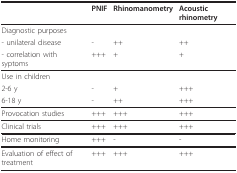
<table><thead><tr><td></td><td><b>PNIF</b></td><td><b>Rhinomanometry</b></td><td><b>Acoustic rhinometry</b></td></tr></thead><tbody><tr><td>Diagnostic purposes</td><td></td><td></td><td></td></tr><tr><td>- unilateral disease</td><td>-</td><td>++</td><td>++</td></tr><tr><td>- correlation with syptoms</td><td>+++</td><td>+</td><td>+</td></tr><tr><td>Use in children</td><td></td><td></td><td></td></tr><tr><td>2-6 y</td><td>-</td><td>+</td><td>+++</td></tr><tr><td>6-18 y</td><td>-</td><td>++</td><td>+++</td></tr><tr><td>Provocation studies</td><td>+++</td><td>+++</td><td>+++</td></tr><tr><td>Clinical trials</td><td>+++</td><td>+++</td><td>+++</td></tr><tr><td>Home monitoring</td><td>+++</td><td>-</td><td>-</td></tr><tr><td>Evaluation of effect of treatment</td><td>+++</td><td>+++</td><td>+++</td></tr></tbody></table>